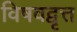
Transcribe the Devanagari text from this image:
विषवद्वृत्त